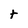
Character: t